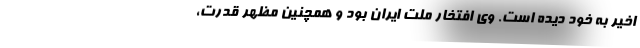
اخیر به خود دیده است. وی افتخار ملت ایران بود و همچنین مظهر قدرت،